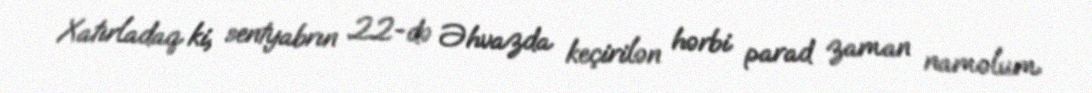
Xatırladaq ki, sentyabrın 22-də Əhvazda keçirilən hərbi parad zaman naməlum